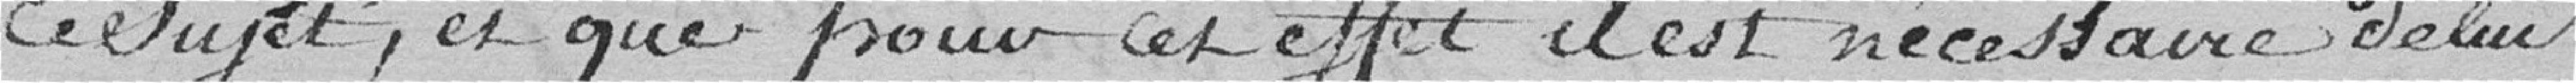
ce Sujet, et que pour cet effet il est nécéssaire de lui